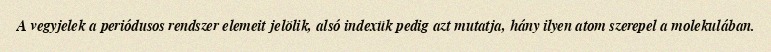
A vegyjelek a periódusos rendszer elemeit jelölik, alsó indexük pedig azt mutatja, hány ilyen atom szerepel a molekulában.